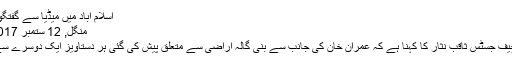
اسلام آباد میں میڈیا سے گفتگو میں ایم…
منگل, 12 ستمبر 2017 15:53
اسلام آباد: چیف جسٹس ثاقب نثار کا کہنا ہے کہ عمران خان کی جانب سے بنی گالہ اراضی سے متعلق پیش کی گئی ہر دستاویز ایک دوسرے سے الگ ہے۔